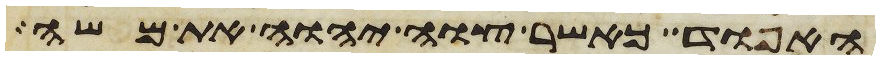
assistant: האפוד כאשר צוה יהוה את משה